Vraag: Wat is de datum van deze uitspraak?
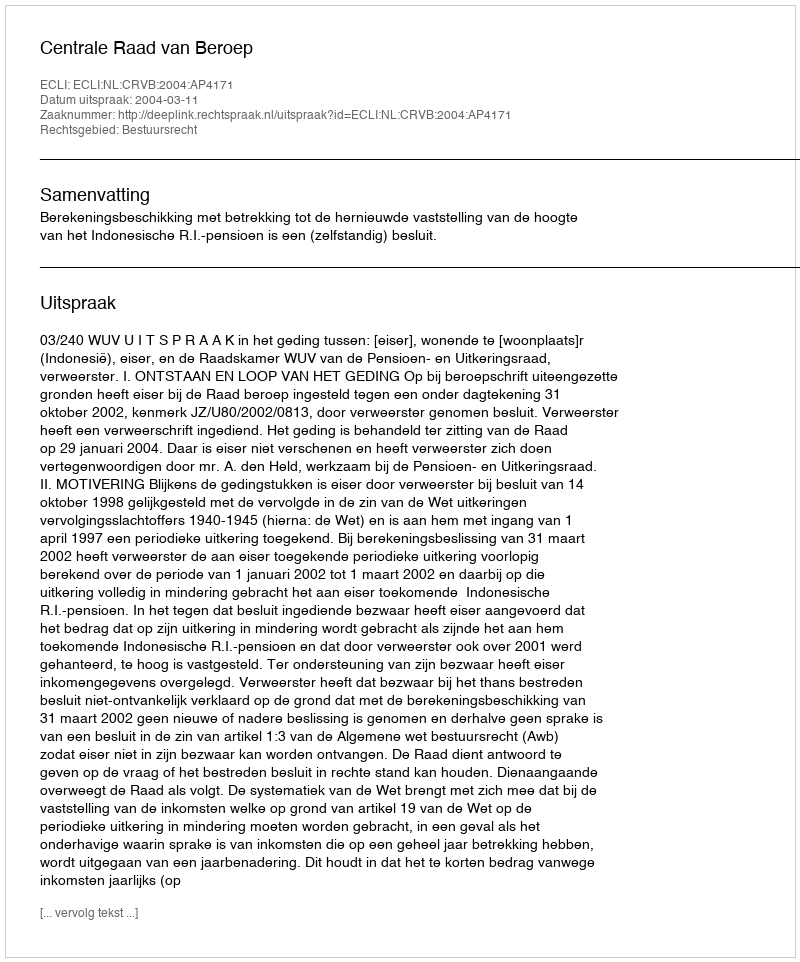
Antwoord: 2004-03-11